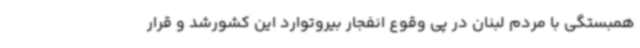
همبستگی با مردم لبنان در پی وقوع انفجار بیروتوارد این کشورشد و قرار